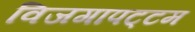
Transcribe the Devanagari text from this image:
विजगापट्‌टम